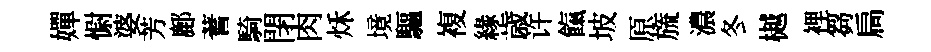
嬋𢠢婆芳鄜蓍騎閉肉秌境驅複緣歳许餼坡原旒濃冬樾裡芻扃